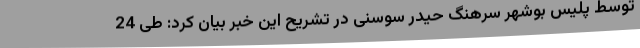
توسط پلیس بوشهر سرهنگ حیدر سوسنی در تشریح این خبر بیان کرد: طی 24